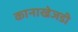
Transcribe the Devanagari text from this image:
कानाखेजडी